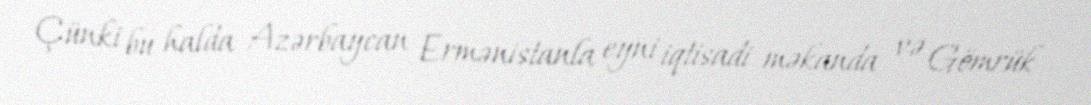
Çünki bu halda Azərbaycan Ermənistanla eyni iqtisadi məkanda və Gömrük